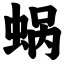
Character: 蜗